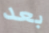
بعد